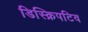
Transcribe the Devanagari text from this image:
डिस्क्रिपटिव